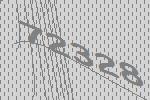
72328